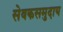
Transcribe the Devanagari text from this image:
सेवकसमुदाय